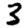
Digit: 3